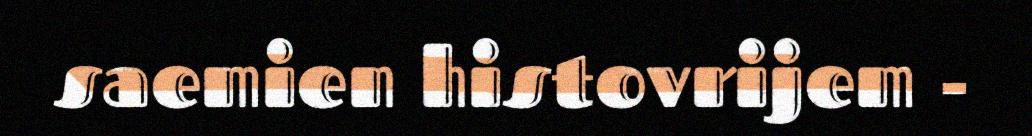
saemien histovrijem -